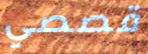
قصصي